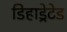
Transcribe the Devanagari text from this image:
डिहाड्रेटेड